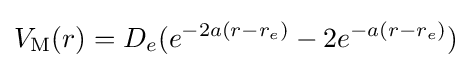
V_{\mathrm {M} }(r)=D_{e}(e^{-2a(r-r_{e})}-2e^{-a(r-r_{e})})